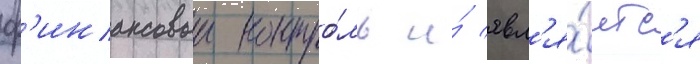
ф'инансовыи контро́ль и́ явл'я́етс'я